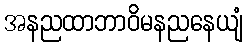
အနညထာဘာဝိမနညနေယျံ